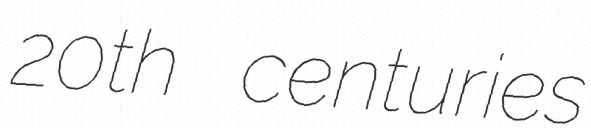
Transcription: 20th centuries